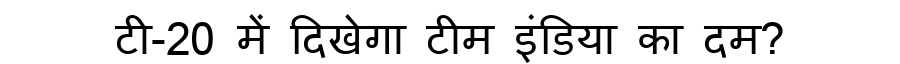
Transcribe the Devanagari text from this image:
टी-20 में दिखेगा टीम इंडिया का दम?